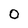
Character: 0